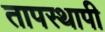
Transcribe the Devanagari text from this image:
तापस्थापी